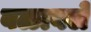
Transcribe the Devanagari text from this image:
बळावले